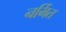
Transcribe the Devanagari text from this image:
नर्मित